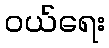
ဝယ်ရေး